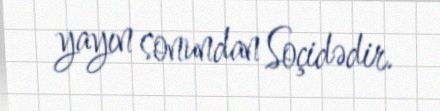
yayın sonundan Soçidədir.